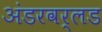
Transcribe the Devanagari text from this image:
अंडरवर्लड